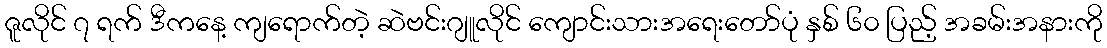
ဇူလိုင် ၇ ရက် ဒီကနေ့ ကျရောက်တဲ့ ဆဲဗင်းဂျူလိုင် ကျောင်းသားအရေးတော်ပုံ နှစ် ၆၀ ပြည့် အခမ်းအနားကို